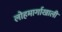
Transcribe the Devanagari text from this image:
लोहमार्गाखाली